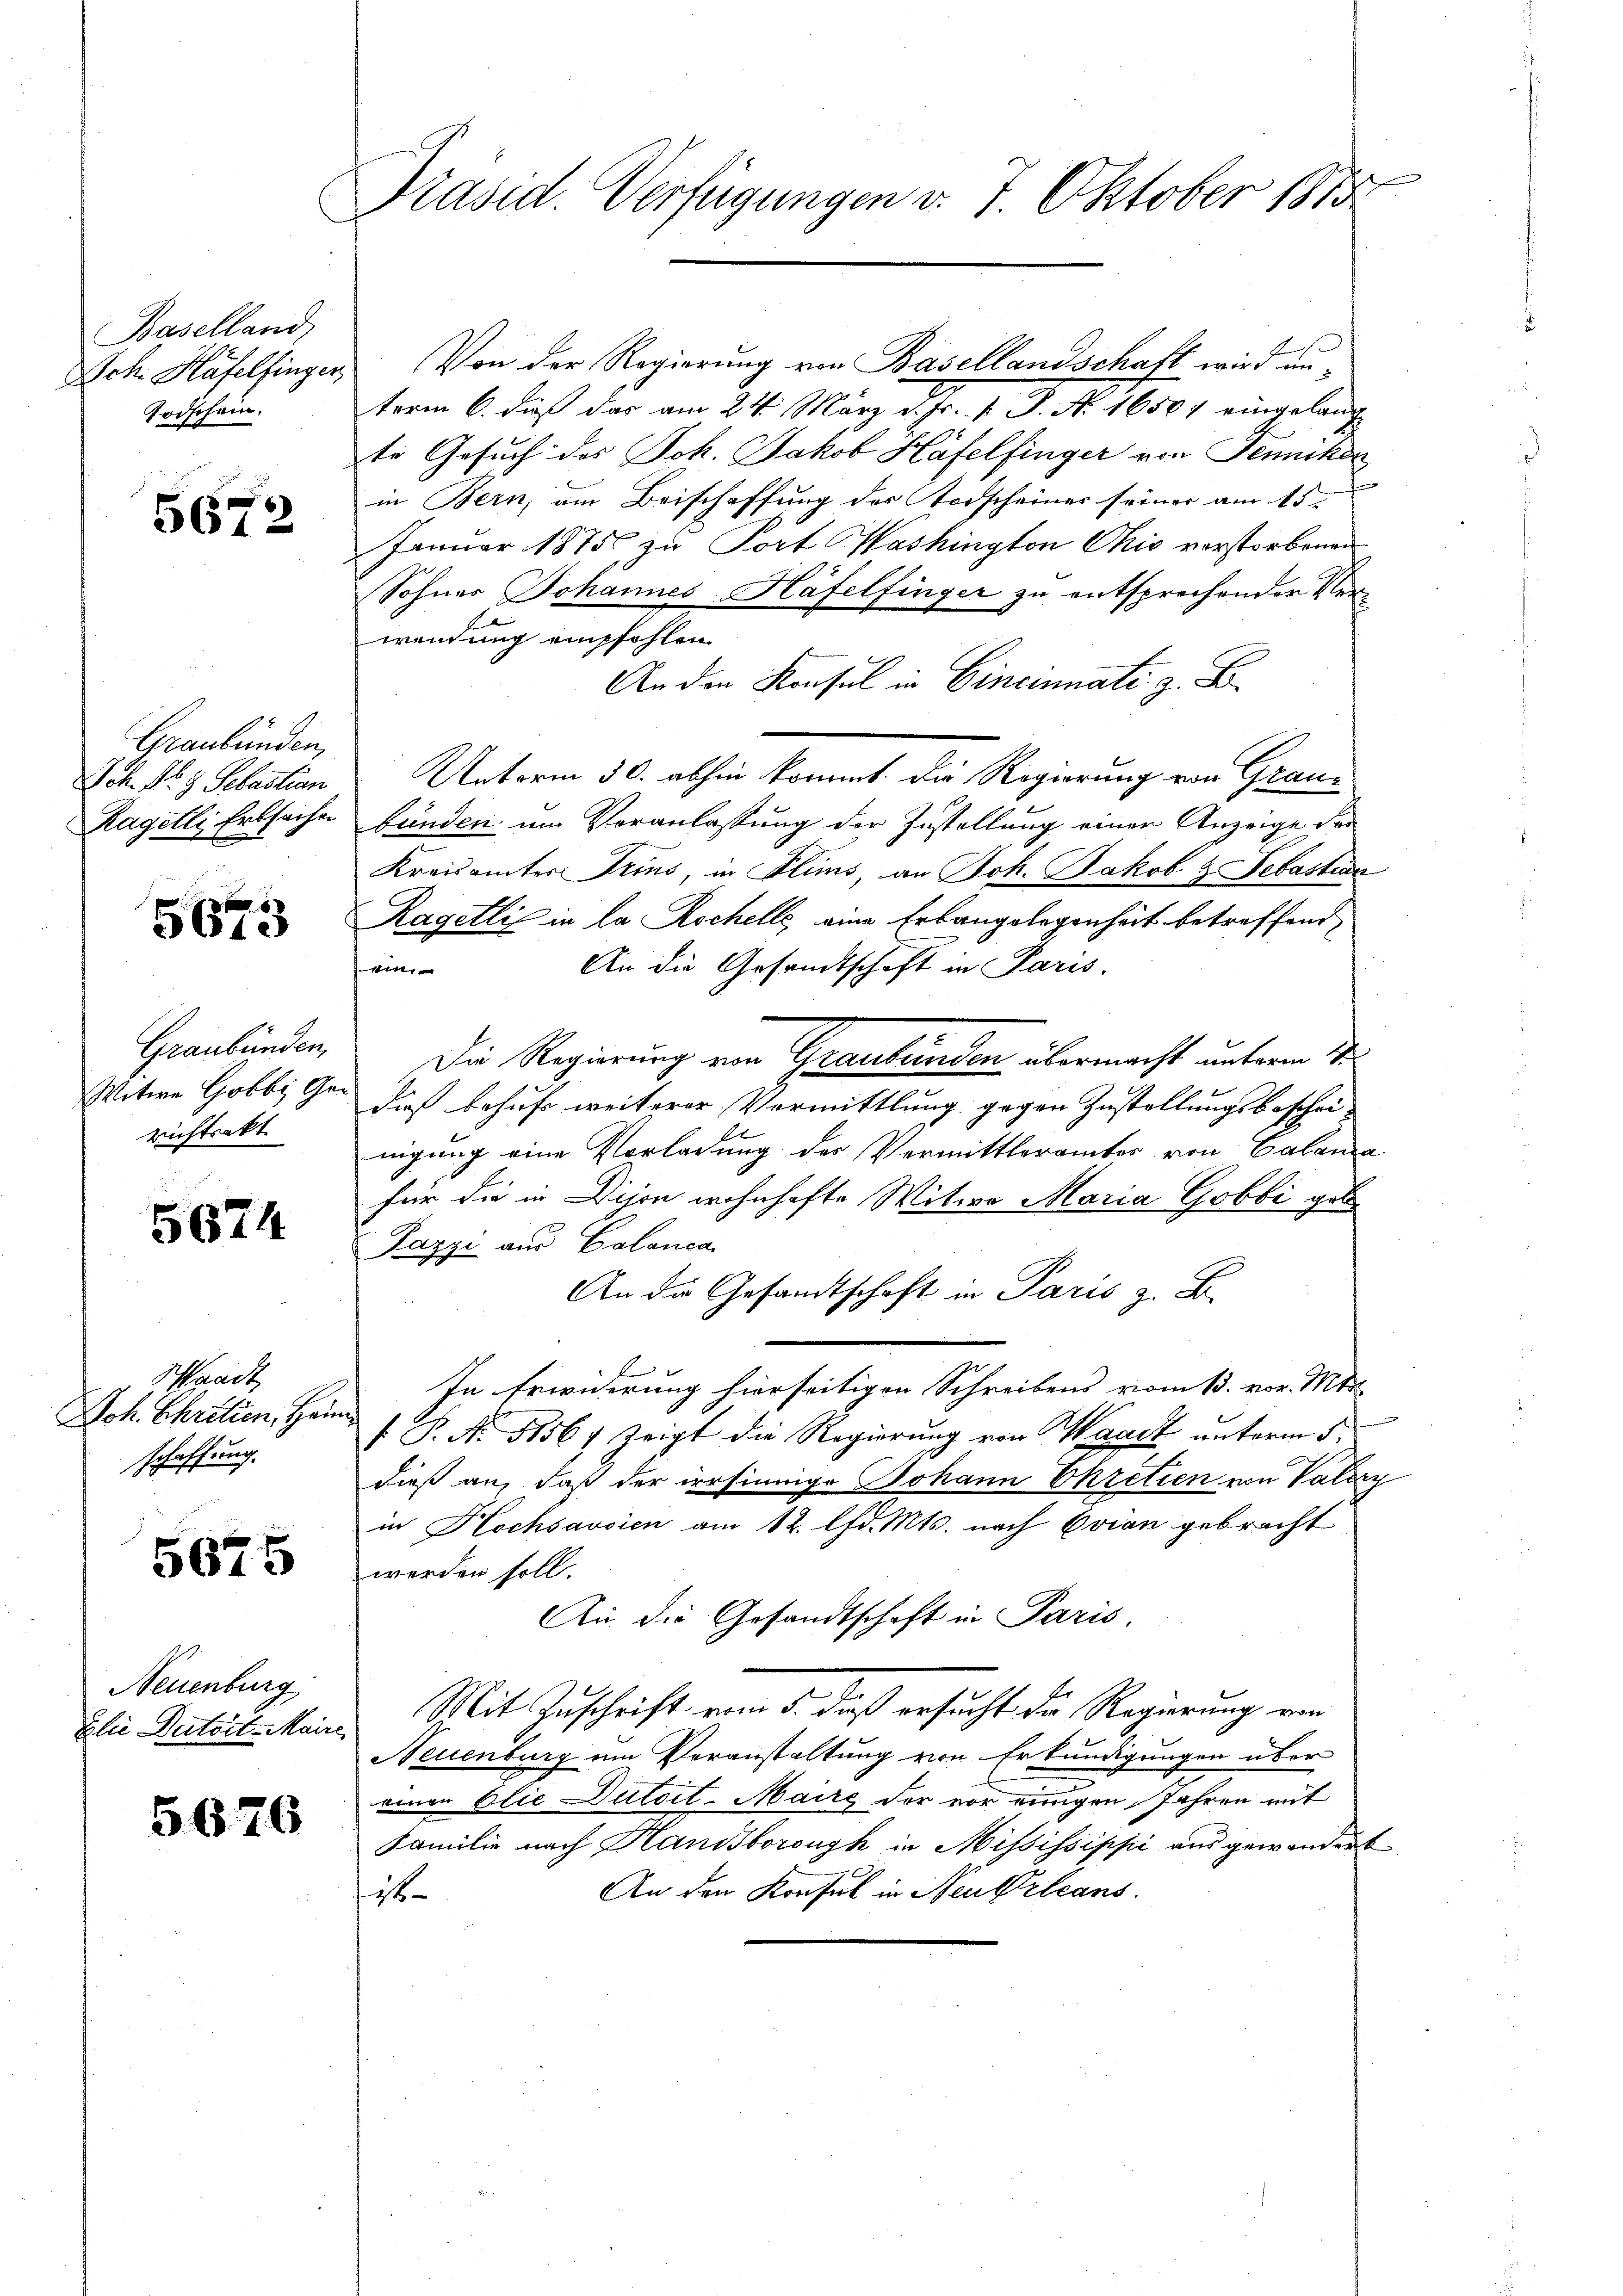
Baselland,
Todschein.

5672

Graubünden
Joh. S. 9 Sebastian
Ragetli Erbsachen

5673

Graubünden,
Witwe Gobbi Gerichtrakt

5674

Waadt,
Joh. Chrilien, Heim
schaffung.

5625

Neuenburg

5676

Präsid. Verfügungen v. 7. Oktober 1815

Ach Häfelfinger, Von der Regierung von Basellandschaft wird anterm 6. dieß das am 24. März d. Js. p. P. Nr. 16507 eingelang
te Gesuch des Joh. Jakob Hafelfinger von Pennikon
in Bern, um Beischaffung des Todscheiner seiner am 15.
Januar 1875 zu Port Washington Ohio verstorbenen
Sohnes Johannes Häfelfinger zu entsprechenden Verwendung empfohlen
An den Konsul in Cincinnati z. B.
Unterm 30. abhin kommt die Regierung von Graubunden um Veranlassung der Zustellung einer Anzeige der
Kreisämter Trins, in Flims, an Joh. Jakob & Sebastian
Ragetlis in la Rochelle, eine Erbangelegenheit betreffend
An die Gesandtschaft in Paris.
win
Die Regierung von Graubünden übermacht unterm 1
Dieß behufs weiterer Vermittlung gegen Zustellungsbeschei-
nigung eine Vorladung des Vermittleramtes von Calama
für die in Dijon wohnhafte Witwe Maria Gobbi geb
Pazzi aus Calanca
An die Gesandtschaft in Paris z. B.
In Erwiderung hierseitigen Schreibens vom 13. vor. Mts.
f P. Nr. 51567 Zeigt die Regierung von Waadt unterm 5.
dieß an, daß der irrsinnige Johann Ekretien von Vatery
in Hochsavsien am 12. lfd. Mts. nach Evian gebracht
werden soll.
An die Gesandtschaft in Paris.
Elie Detail Mann Mit Zuschrift vom 5. daß ersucht die Regierung von
Neuenburg um Veranstaltung von Erkundigungen über
einer blie Dulait-Maire der vor einigen Jahren mit
Familie nach Handsboronyk in Mississippi aus gewandert
An den Konsul in Neukrleans
1